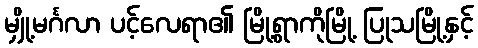
မျှို့မင်္ဂလာ ပင့်လေရာ၏ မြို့ရွာကိုမြို့ ပြုသမြို့နှင့်